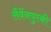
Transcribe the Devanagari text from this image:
लैवेंनयुस्की